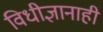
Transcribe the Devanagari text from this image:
विधीज्ञानाही